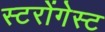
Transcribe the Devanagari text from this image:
स्टरोंगेस्ट